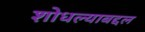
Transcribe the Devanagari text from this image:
शोधल्याबद्दल